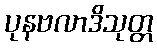
ပုနဗလာဒိသုတ္တ